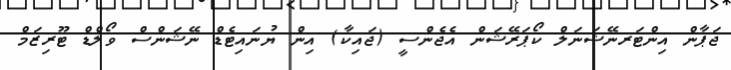
ޖަޕާން އިންޓަރނޭޝަނަލް ކޯޕަރޭޝަން އެޖެންސީ (ޖައިކާ) އިން ޔުނައިޓެޑް ނޭޝަންސް ވޯލްޑް ޓޫރިޒަމް